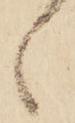
之